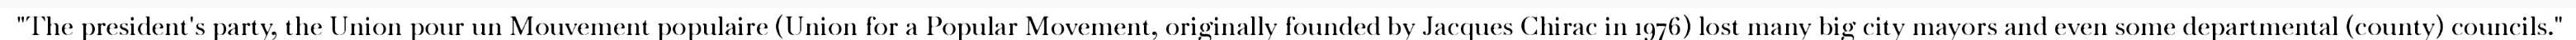
"The president's party, the Union pour un Mouvement populaire (Union for a Popular Movement, originally founded by Jacques Chirac in 1976) lost many big city mayors and even some departmental (county) councils."